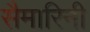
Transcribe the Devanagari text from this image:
सैमारिनी